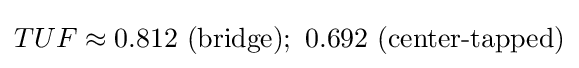
TUF\approx 0.812\ ({\text{bridge}});\ 0.692\ ({\text{center-tapped}})